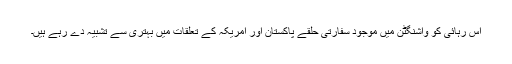
اس رہائی کو واشنگٹن میں موجود سفارتی حلقے پاکستان اور امریکہ کے تعلقات میں بہتری سے تشبیہ دے رہے ہیں۔